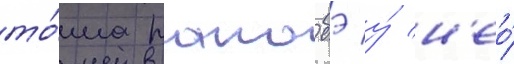
то́ма ранобэ у́ н'ео́